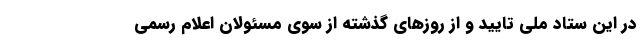
در این ستاد ملی تایید و از روزهای گذشته از سوی مسئولان اعلام رسمی